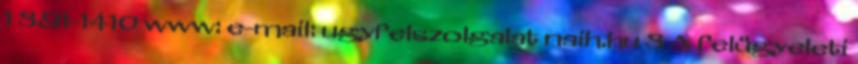
1 391-1410 www: e-mail: ugyfelszolgalat naih.hu 3 A felügyeleti